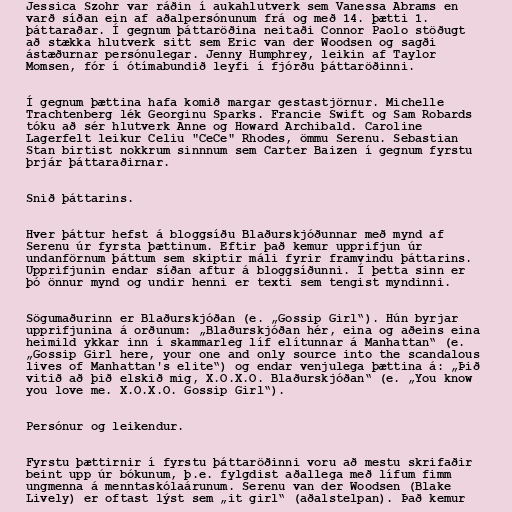
Jessica Szohr var ráðin í aukahlutverk sem Vanessa Abrams en
varð síðan ein af aðalpersónunum frá og með 14. þætti 1.
þáttaraðar. Í gegnum þáttaröðina neitaði Connor Paolo stöðugt
að stækka hlutverk sitt sem Eric van der Woodsen og sagði
ástæðurnar persónulegar. Jenny Humphrey, leikin af Taylor
Momsen, fór í ótímabundið leyfi í fjórðu þáttaröðinni.

Í gegnum þættina hafa komið margar gestastjörnur. Michelle
Trachtenberg lék Georginu Sparks. Francie Swift og Sam Robards
tóku að sér hlutverk Anne og Howard Archibald. Caroline
Lagerfelt leikur Celiu "CeCe" Rhodes, ömmu Serenu. Sebastian
Stan birtist nokkrum sinnnum sem Carter Baizen í gegnum fyrstu
þrjár þáttaraðirnar.

Snið þáttarins.

Hver þáttur hefst á bloggsíðu Blaðurskjóðunnar með mynd af
Serenu úr fyrsta þættinum. Eftir það kemur upprifjun úr
undanförnum þáttum sem skiptir máli fyrir framvindu þáttarins.
Upprifjunin endar síðan aftur á bloggsíðunni. Í þetta sinn er
þó önnur mynd og undir henni er texti sem tengist myndinni.

Sögumaðurinn er Blaðurskjóðan (e. „Gossip Girl“). Hún byrjar
upprifjunina á orðunum: „Blaðurskjóðan hér, eina og aðeins eina
heimild ykkar inn í skammarleg líf elítunnar á Manhattan“ (e.
„Gossip Girl here, your one and only source into the scandalous
lives of Manhattan's elite“) og endar venjulega þættina á: „Þið
vitið að þið elskið mig, X.O.X.O. Blaðurskjóðan“ (e. „You know
you love me. X.O.X.O. Gossip Girl“).

Persónur og leikendur.

Fyrstu þættirnir í fyrstu þáttaröðinni voru að mestu skrifaðir
beint upp úr bókunum, þ.e. fylgdist aðallega með lífum fimm
ungmenna á menntaskólaárunum. Serenu van der Woodsen (Blake
Lively) er oftast lýst sem „it girl“ (aðalstelpan). Það kemur